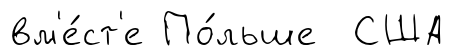
вм'е́ст'е По́льше США